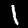
Label: 1